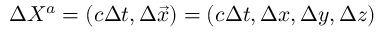
\Delta X ^ { a } = \left( c \Delta t , \Delta { \vec { x } } \right) = ( c \Delta t , \Delta x , \Delta y , \Delta z )